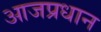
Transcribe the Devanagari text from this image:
आजप्रधान